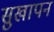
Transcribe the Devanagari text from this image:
सुखापन